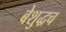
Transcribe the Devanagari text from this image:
बेशुद्धच